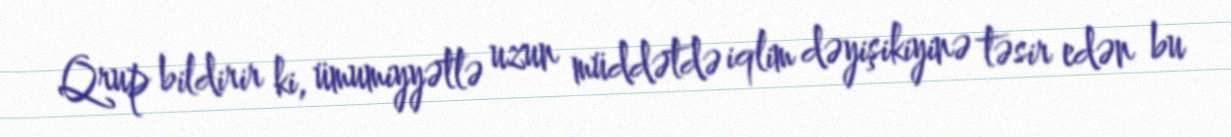
Qrup bildirir ki, ümumiyyətlə uzun müddətdə iqlim dəyişikiyinə təsir edən bu